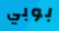
بوبي